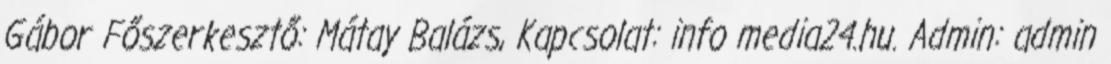
Gábor Főszerkesztő: Mátay Balázs, Kapcsolat: info media24.hu. Admin: admin